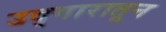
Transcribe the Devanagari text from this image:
उद्गारातून